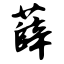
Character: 薛